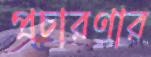
প্রচারণার